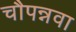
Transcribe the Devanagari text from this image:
चौपन्नवा